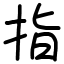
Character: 指